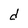
Character: d